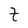
Character: t